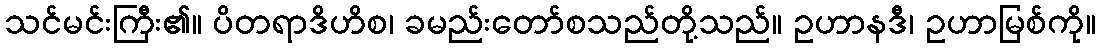
သင်မင်းကြီး၏။ ပိတရာဒိဟိစ၊ ခမည်းတော်စသည်တို့သည်။ ဥဟာနဒီ၊ ဥဟာမြစ်ကို။